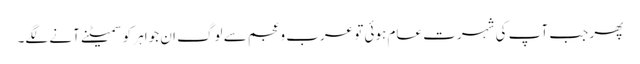
پھر جب آپ کی شہرت عام ہوئی تو عرب وعجم سے لوگ ان جواہر کو سمیٹنے آنے لگے۔